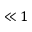
\ll 1